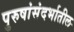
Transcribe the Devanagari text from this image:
पुरुषांसंदर्भातील